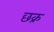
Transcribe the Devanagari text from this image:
छक्र